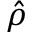
\hat { \rho }